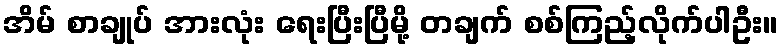
အိမ် စာချုပ် အားလုံး ရေးပြီးပြီမို့ တချက် စစ်ကြည့်လိုက်ပါဦး။